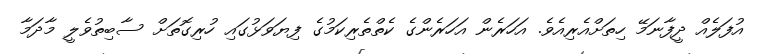
އުފަލެއް ދީފާނަމޭ ހިތަށްއެރިއެވެ. އަހަރެން އަހަރެންގެ ކެތްތެރިކަމުގެ ފިޔަވަޅުގައި ހުރިގޮތަށް ސާބިތުވެލީ މާދަމާ